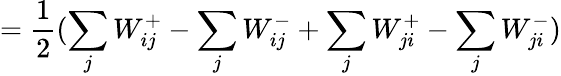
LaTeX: =\frac{1}{2}(\sum_{j}W_{ij}^{+}-\sum_{j}W_{ij}^{-}+\sum_{j}W_{ji}^{+}-\sum_{j}W_{ji}^{-})